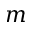
m